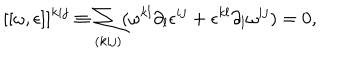
[ [ \omega , \epsilon ] ] ^ { k i j } \equiv \sum _ { ( k i j ) } ( \omega ^ { k l } \partial _ { l } \epsilon ^ { i j } + \epsilon ^ { k l } \partial _ { l } \omega ^ { i j } ) = 0 ,